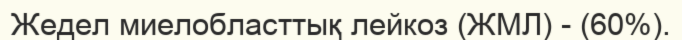
Жедел миелобласттық лейкоз (ЖМЛ) - (60%).